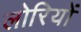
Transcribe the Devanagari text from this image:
लोरियों